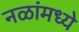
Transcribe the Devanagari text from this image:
नळांमध्ये